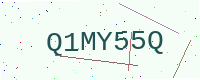
Text: Q1MY55Q